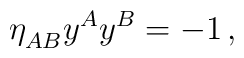
\eta_{AB}^{} y^A y^B=-1\,,